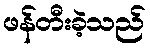
ဖန်တီးခဲ့သည်